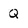
Character: q